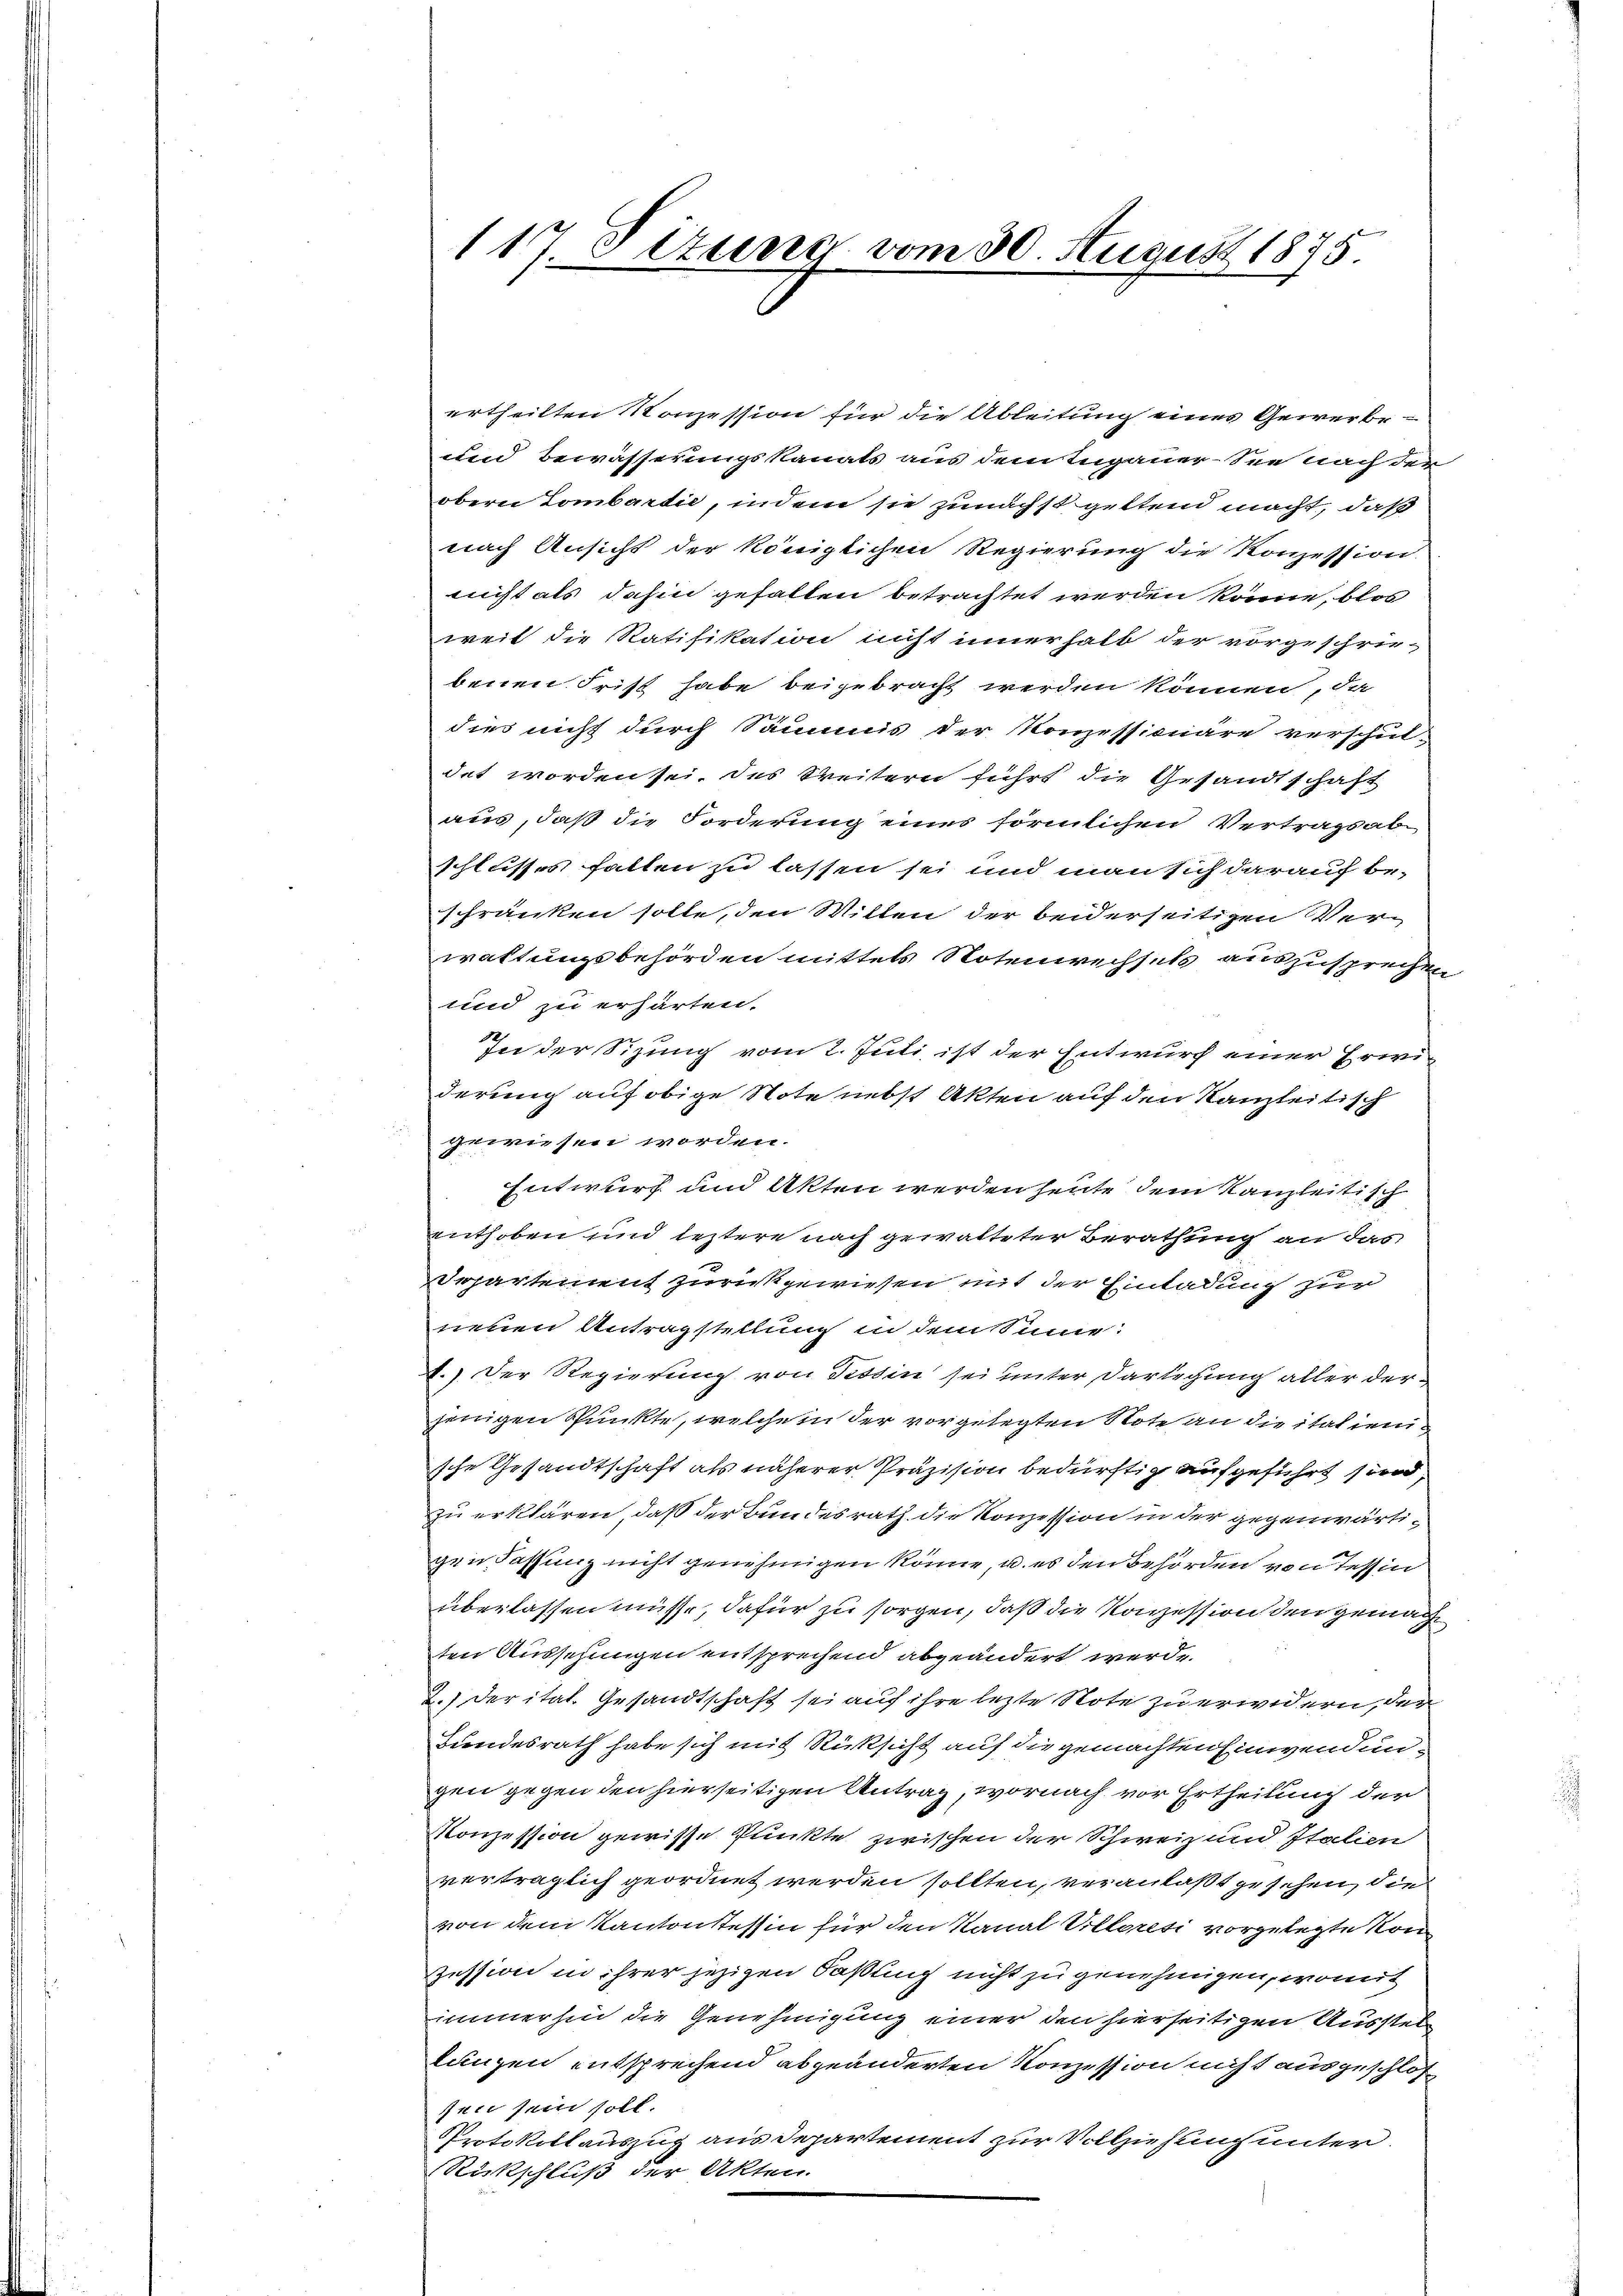
117 Sizung vom 30. August 1875.

ertheilten Konzession für die Ableitung eines Gewerbe
den Bewässerungskanats aus dem Inganer-See nach der
obern Gombartie, indem sie zunächst geltend macht, daß
nach Ansicht der königlichen Regierung die Konzession.
nicht als dahin gehalten betrachtet werden könne, blos
weit die Ratifikation nicht innerhalb der vorgeschriebenen Frist habe beigebracht werden können, da
dies nicht durch Säumis der Konzessicuäre verschul-
det worden sei, des Weitern führt die Gesandtschaft
aus, daß die Forderung eines förmlichen Vertragsab
schlusses fallen zu lassen sei und man sich darauf beschränken solle, den Willen der beiderseitigen Verwaltungsbehörden mittels Notenrechsels auszusprechen
und zu erhärten.
In der Sizung vom 2. Juli ist der Entwurf einer Erwiderung auf obige Note nebst Akten auf den Kanzleitisch
gewiesen worden.
Entwurf und Akten werden heute dem Kanzleitisch
Enthoben und leztere nach gewalteter Berathung an das
Departement zurückgewiesen mit der Einladung zur
neuen Antragstellung in dem Sinne:
d.) Der Regierung von Tessin sei unter Darlegung aller derjenigen Punkte, welche in der vorgelegten Note an die italiensche Gesandtschaft als näherer Präzision bedürftig aufgeführt sind,
zu erklären, daß der Bundesrath die Konzession in der gegenwärtigen Fassung nicht genehmigen könne, u. es den Behörden von Tessin
überlassen müsse, dafür zu sorgen, daß die Konzession den gemachten Aussehungen entsprechend abgeändert werde.
2.) Der ital. Gesandtschaft sei auf ihre lezte Note zu erwidern, der
Lundesrath habe sich mit Rücksicht auf die gemachten Einwendungen gegen den hierseitigen Antrag, wornach vor Ertheilung der
Konzession gewisse Punkte zwischen der Schweiz und Italien
verträglich geordnet werden sollten, veranlaßt gesehen, die
von dem Kantonstessin für den Kanal Villeresi vorgelegte Konzession in ihrer jezigen Faßung nicht zu genehmigen, womit
immerhin die Genehmigung einer den hierseitigen Ausstellungen entsprechend abgeänderten Konzession nicht ausgeschloß
sen sein soll.
Protokollauszug aus Departement zur Vollziehung unter
Rückschluß der Akten.